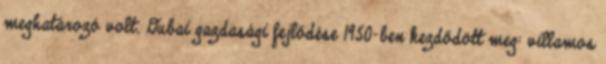
meghatározó volt. Dubai gazdasági fejlődése 1950-ben kezdődött meg: villamos